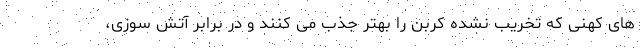
های کهنی که تخریب نشده کربن را بهتر جذب می کنند و در برابر آتش سوزی،